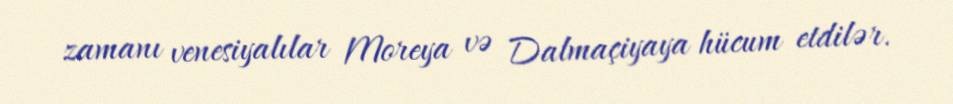
zamanı venesiyalılar Moreya və Dalmaçiyaya hücum etdilər.